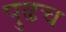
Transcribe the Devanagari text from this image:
पुढच